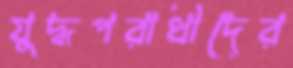
যুদ্ধপরাধীদের